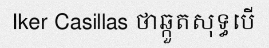
Iker Casillas ថាឆ្កួតសុទ្ធបើ